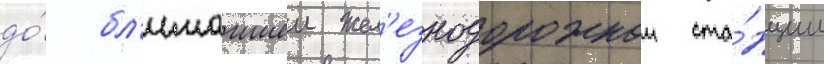
до́ бл'ижаишеи жел'езнодорожнои ста́нции